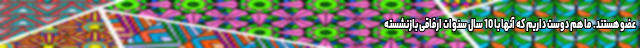
عضو هستند. ما هم دوست داریم که آنها با 10 سال سنوات ارفاقی بازنشسته